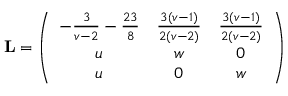
\mathbf { L } = \left( \begin{array} { c c c } { - \frac { 3 } { v - 2 } - \frac { 2 3 } { 8 } } & { \frac { 3 ( v - 1 ) } { 2 ( v - 2 ) } } & { \frac { 3 ( v - 1 ) } { 2 ( v - 2 ) } } \\ { u } & { w } & { 0 } \\ { u } & { 0 } & { w } \end{array} \right)